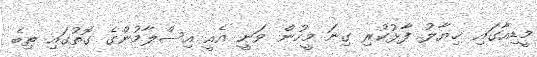
މީޑިއާގައި ޚިޔާލު ފާޅުކުރި ގިނަ މީހުން ވަނީ އެއީ އިސްލާމުންގެ ގޮތުގައި ތިބެ